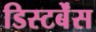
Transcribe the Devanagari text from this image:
डिस्टर्बेंस